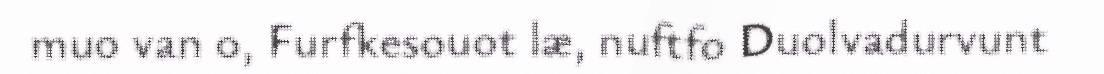
muo van 0, Furfkesouot læ, nuftfo Duolvadurvunt